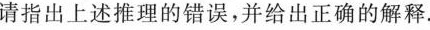
请指出上述推理的错误，并给出正确的解释。